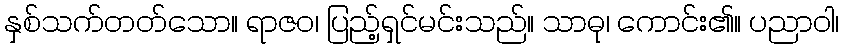
နှစ်သက်တတ်သော။ ရာဇဝ၊ ပြည့်ရှင်မင်းသည်။ သာဓု၊ ကောင်း၏။ ပညာဝါ၊